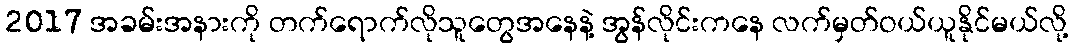
2017 အခမ်းအနားကို တက်ရောက်လိုသူတွေအနေနဲ့ အွန်လိုင်းကနေ လက်မှတ်ဝယ်ယူနိုင်မယ်လို့